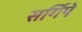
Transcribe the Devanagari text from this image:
सर्गिपे